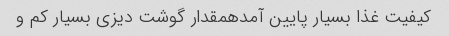
کیفیت غذا بسیار پایین آمدهمقدار گوشت دیزی بسیار کم و